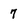
Character: 7